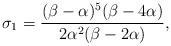
LaTeX: \begin{align*} \sigma_1 = \dfrac{(\beta - \alpha)^5(\beta - 4\alpha)}{2\alpha^2(\beta - 2\alpha)}, \end{align*}